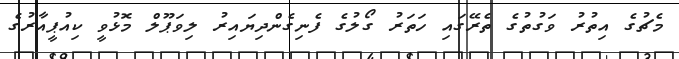
މެޗުގެ އިތުރު ވަގުތުގެ ތެރޭގައި ހަތަރު ގޯލުގެ ފެނިގެންދިޔައިރު ލިވަޕޫލް މޮޅުވީ ކިއުޕީއާރުގެ